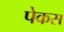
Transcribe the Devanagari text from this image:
पेकस